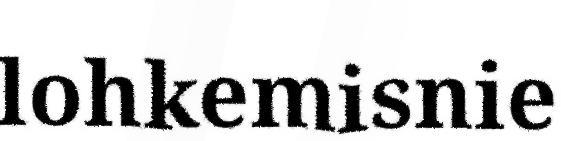
lohkemisnie